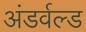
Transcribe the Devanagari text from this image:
अंडर्वल्ड